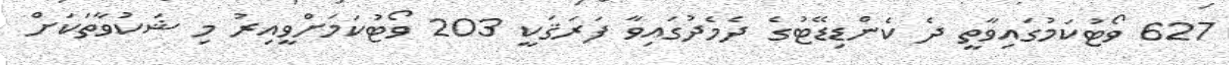
627 ވޯޓުކަމުގައިވާތީ ދެ ކެންޑިޑޭޓުގެ ދެމެދުގައިވާ ފަރަޤަކީ 203 ވޯޓުކަމަށްވީއިރު މި ޝަކުވާތަކަށް